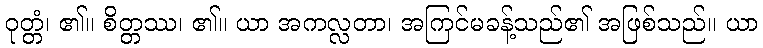
ဝုတ္တံ၊ ၏။ စိတ္တဿ၊ ၏။ ယာ အကလ္လတာ၊ အကြင်မခန့်သည်၏ အဖြစ်သည်။ ယာ